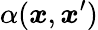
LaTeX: \alpha(\boldsymbol{x},\boldsymbol{x}^{\prime})